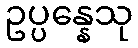
ဥပ္ပန္နေသု